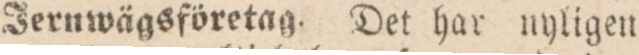
Ternwägsföretag. Det har nyligen